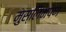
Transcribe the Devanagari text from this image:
मुस्लिमपण